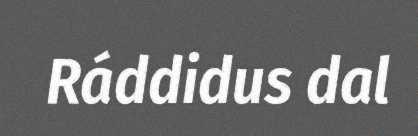
Ráddidus dal